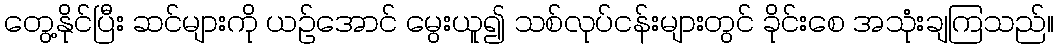
တွေ့နိုင်ပြီး ဆင်များကို ယဉ်အောင် မွေးယူ၍ သစ်လုပ်ငန်းများတွင် ခိုင်းစေ အသုံးချကြသည်။